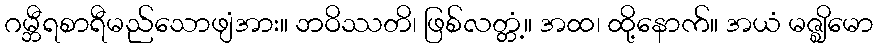
ဂမ္ဘီရစာရီမည်သောဖျံအား။ ဘဝိဿတိ၊ ဖြစ်လတ္တံ့။ အထ၊ ထို့နောက်။ အယံ မဇ္ဈိမော